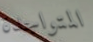
المتواجدة